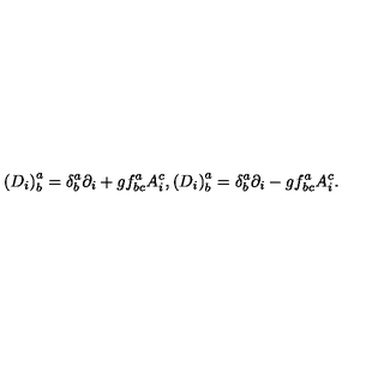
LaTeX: \left( D _ { i } \right) _ { b } ^ { a } = \delta _ { b } ^ { a } \partial _ { i } + g f _ { b c } ^ { a } A _ { i } ^ { c } , \left( D _ { i } \right) _ { b } ^ { a } = \delta _ { b } ^ { a } \partial _ { i } - g f _ { b c } ^ { a } A _ { i } ^ { c } .